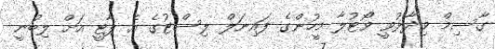
ގާސިމް ވިދާޅުވީ ވޯޓުލާ މީހުންގެ ފައިނަލް ލިސްޓުގެ އެ ޕާޓީ އަށް ލިބުނީ